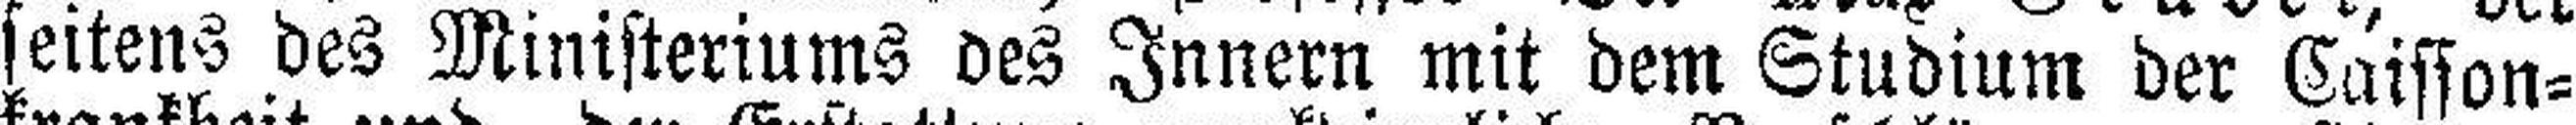
seitens des Ministeriums des Innern mit dem Studium der Caisson¬